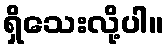
ရှိသေးလို့ပါ။